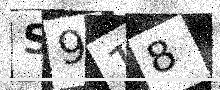
Text: S918